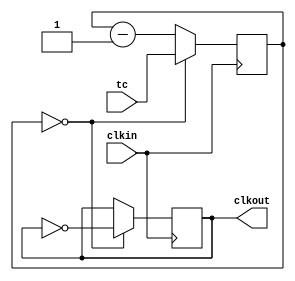
//------------------------------
// Module name: clk_div
// Function: General clock divider
// Creator:  Peter Cheung
// Version:  1.0
//------------------------------

module clk_div (clkin, tc, clkout);

	parameter	BIT_SZ = 21;

	input				clkin;	// 50MHz input clock from DE0
	input [BIT_SZ-1:0]	tc;		// Time constant - output freq = 1/((tc+1)*2*20ns
	output			clkout;	// Divided clock - square output

	reg				clkout;
	reg [BIT_SZ-1:0]		ctr;		// internal counter
	initial begin
		clkout = 0;			// don't need to reset - don't care if it is 1 or 0 to start
		ctr = 0;		//  ... to start.  Initialise to make simulation easier
	end
		
	always @ (posedge clkin)   // 
	  if (ctr==0) begin
		  ctr <= tc;
		  clkout <= ~clkout; // toggle the output clock for squarewave
		end
	  else
		  ctr <= ctr - 1'b1;
		  
endmodule